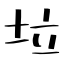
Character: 垃